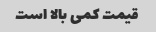
قیمت کمی بالا است